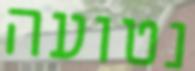
נטועה